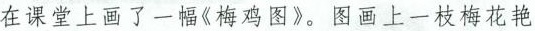
在课堂上画了一幅《梅鸡图》。图画上一枝梅花艳